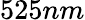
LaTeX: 525nm